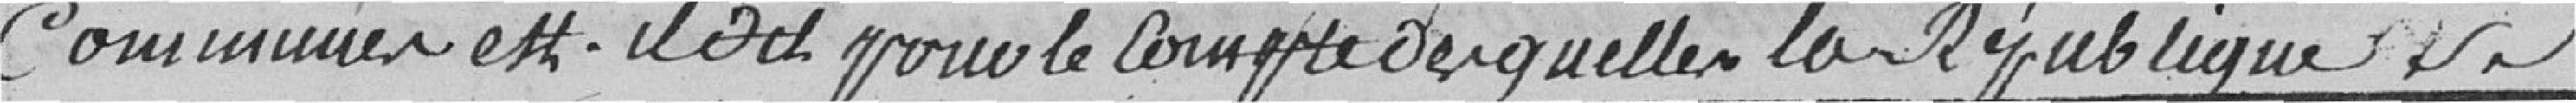
communes est-il dit pour le compte desquelles la République se